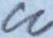
cc